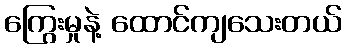
ကြွေးမှုနဲ့ ထောင်ကျသေးတယ်